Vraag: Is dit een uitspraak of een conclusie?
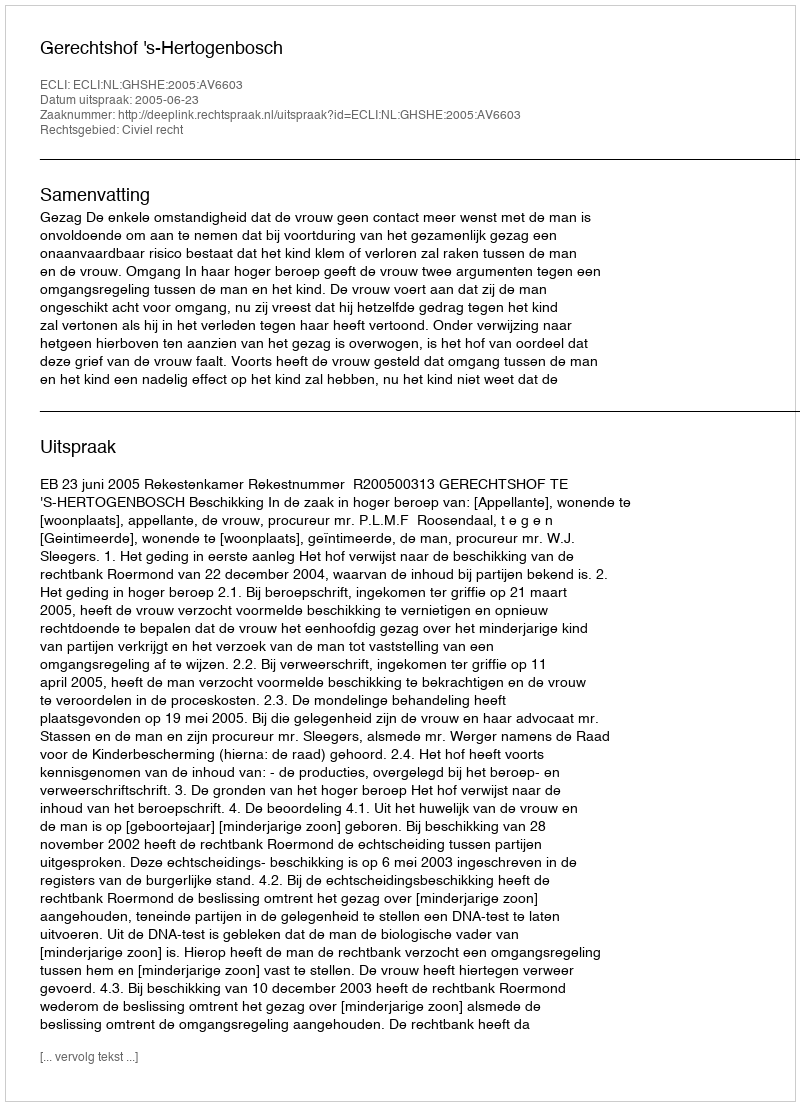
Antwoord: Uitspraak